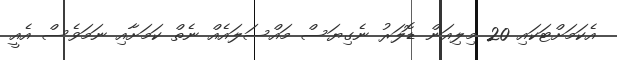
އެކަމަށްޓަކައި 20 މިލިއަން ޑޮލަރު ނެގިޔަސް މައްސަލައެއް ނެތް ކަމަށާއި ނަމަވެސް އެއީ